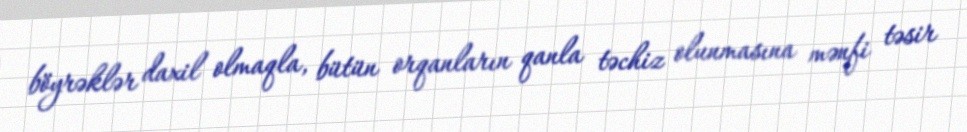
böyrəklər daxil olmaqla, bütün orqanların qanla təchiz olunmasına mənfi təsir